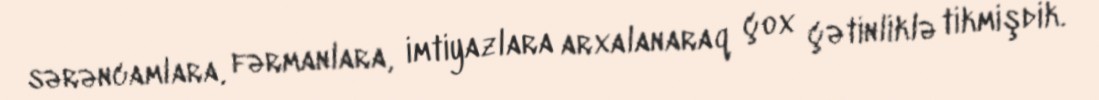
sərəncamlara, fərmanlara, imtiyazlara arxalanaraq çox çətinliklə tikmişdik.